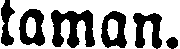
taman.